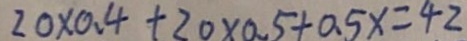
2 0 \times 0 . 4 + 2 0 \times 0 . 5 + 0 . 5 x = 4 2